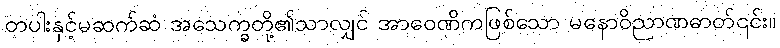
တပါးနှင့်မဆက်ဆံ အသေက္ခတို့၏သာလျှင် အာဝေဏိကဖြစ်သော မနောဝိညာဏဓာတ်၎င်း။